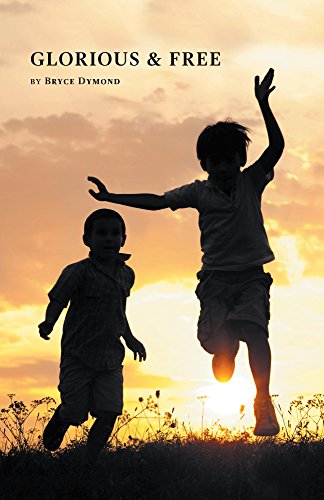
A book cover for Glorious and Free; Bryce Dymond; Teen & Young Adult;